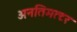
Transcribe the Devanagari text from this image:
अनतिमत्टर